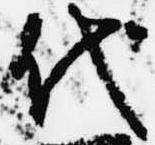
代